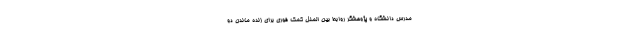
مدرس دانشگاه و پژوهشگر روابط بین الملل کمک فوری برای زنده ماندن دو